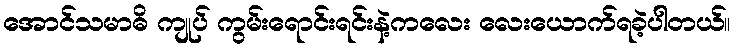
အောင်သမာဓိ ကျုပ် ကွမ်းရောင်းရင်းနဲ့ကလေး လေးယောက်ရခဲ့ပါတယ်။